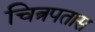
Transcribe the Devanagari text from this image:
चित्रपतास